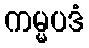
ကမ္မပဒံ